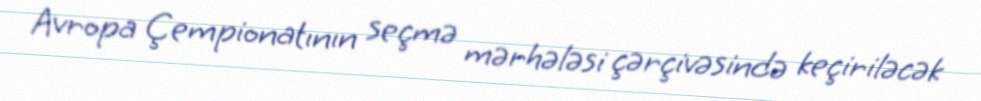
Avropa Çempionatının seçmə mərhələsi çərçivəsində keçiriləcək